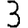
Digit: 3